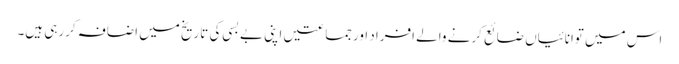
اس میں توانائیاں ضائع کرنے والے افراد اورجماعتیں اپنی بے بسی کی تاریخ میں اضافہ کررہی ہیں۔